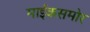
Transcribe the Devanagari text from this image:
माईकसमोर